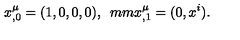
x _ { , 0 } ^ { \mu } = ( 1 , 0 , 0 , 0 ) , \hspace * { 5 m m } x _ { , 1 } ^ { \mu } = ( 0 , x ^ { i } ) .